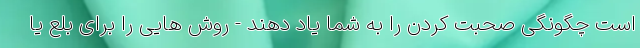
است چگونگی صحبت کردن را به شما یاد دهند - روش هایی را برای بلع یا